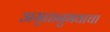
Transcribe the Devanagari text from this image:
अमृतानुभवाचा